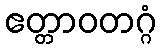
ဧတ္တာဝတဂ္ဂံ